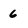
Character: 6